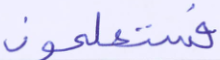
فستعلمون